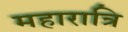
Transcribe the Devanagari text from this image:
महारात्रि